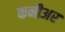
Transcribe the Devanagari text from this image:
कनौअर